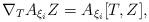
LaTeX: \begin{align*}\nabla_TA_{\xi_i}Z=A_{\xi_i}[T,Z],\end{align*}